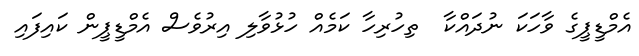
އެމްޑީޕީގެ ވާހަކަ ނުދައްކާ  ތިހުރިހާ ކަމެއް ހުޅުވާލި އިރުވެސް އެމްޑީޕީން ކައިފައި